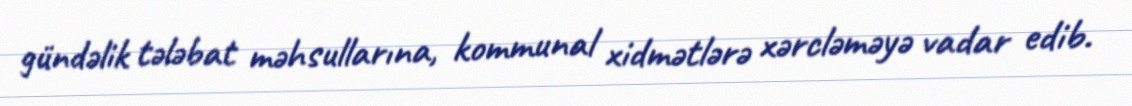
gündəlik tələbat məhsullarına, kommunal xidmətlərə xərcləməyə vadar edib.